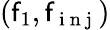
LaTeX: (\mathsf{f}_{1},\mathsf{f}_{\mathrm{{~i~n~j~}}})